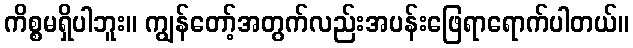
ကိစ္စမရှိပါဘူး။ ကျွန်တော့်အတွက်လည်းအပန်းဖြေရာရောက်ပါတယ်။